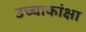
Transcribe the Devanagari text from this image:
उच्चाकांक्षा